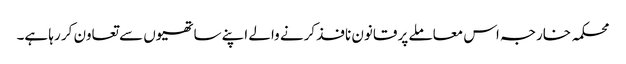
محکمہ خارجہ اس معاملے پر قانون نافذ کرنے والے اپنے ساتھیوں سے تعاون کر رہا ہے۔